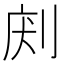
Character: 𠜢